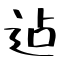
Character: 迠